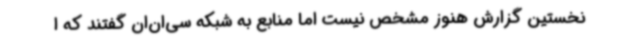
نخستین گزارش هنوز مشخص نیست اما منابع به شبکه سی‌ان‌ان گفتند که ا